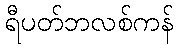
ရီပတ်ဘလစ်ကန်